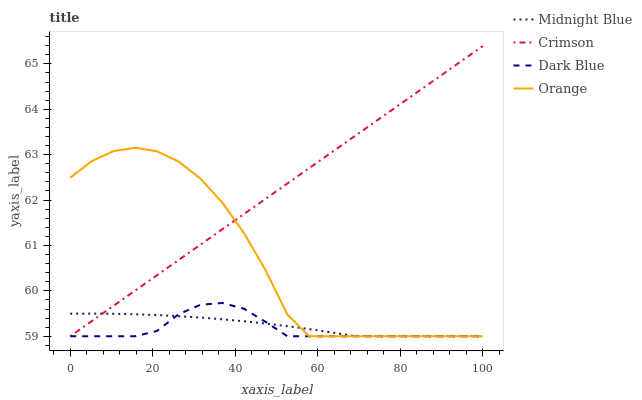
| xaxis_label | Midnight Blue | Crimson | Dark Blue | Orange |
 | --- | --- | --- | --- | --- |
 | 0 | 59.5 | 59 | 59 | 62.5 |
 | 5.26 | 59.5 | 59.3 | 59 | 62.9 |
 | 10.5 | 59.5 | 59.7 | 59 | 63.1 |
 | 15.8 | 59.5 | 60 | 59 | 63.2 |
 | 21.1 | 59.5 | 60.3 | 59.1 | 63.1 |
 | 26.3 | 59.4 | 60.7 | 59.5 | 62.8 |
 | 31.6 | 59.4 | 61 | 59.7 | 62.5 |
 | 36.8 | 59.4 | 61.4 | 59.7 | 61.9 |
 | 42.1 | 59.3 | 61.7 | 59.6 | 61.3 |
 | 47.4 | 59.3 | 62 | 59.3 | 60.5 |
 | 52.6 | 59.2 | 62.4 | 59 | 59.5 |
 | 57.9 | 59.2 | 62.7 | 59 | 59 |
 | 63.2 | 59.1 | 63 | 59 | 59 |
 | 68.4 | 59 | 63.4 | 59 | 59 |
 | 73.7 | 59 | 63.7 | 59 | 59 |
 | 78.9 | 59 | 64 | 59 | 59 |
 | 84.2 | 59 | 64.4 | 59 | 59 |
 | 89.5 | 59 | 64.7 | 59 | 59 |
 | 94.7 | 59 | 65.1 | 59 | 59 |
 | 100 | 59 | 65.4 | 59 | 59 |